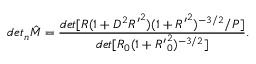
d e t _ { n } { \hat { M } } = \frac { d e t [ R ( 1 + D ^ { 2 } { R ^ { \prime } } ^ { 2 } ) ( 1 + { R ^ { \prime } } ^ { 2 } ) ^ { - 3 / 2 } / P ] } { d e t [ R _ { 0 } ( 1 + { R ^ { \prime } } _ { 0 } ^ { 2 } ) ^ { - 3 / 2 } ] } .